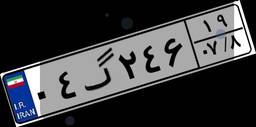
۰۴گ۲۴۶۱۹